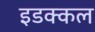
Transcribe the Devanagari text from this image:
इडक्कल